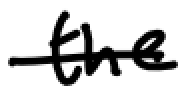
Text: the
Cross-out: single-line
Writing tool: digital_black